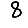
Digit: 8